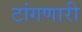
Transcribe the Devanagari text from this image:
टांगणारी